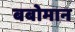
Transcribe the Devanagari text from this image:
बबोमान